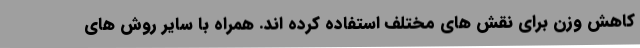
کاهش وزن برای نقش های مختلف استفاده کرده اند. همراه با سایر روش های